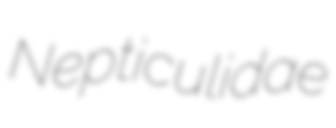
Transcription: Nepticulidae